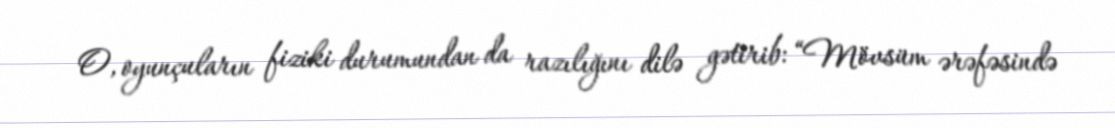
O, oyunçuların fiziki durumundan da razılığını dilə gətirib: “Mövsüm ərəfəsində